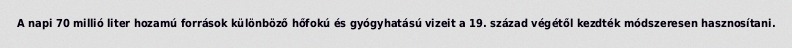
A napi 70 millió liter hozamú források különböző hőfokú és gyógyhatású vizeit a 19. század végétől kezdték módszeresen hasznosítani.